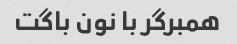
همبرگر با نون باگت